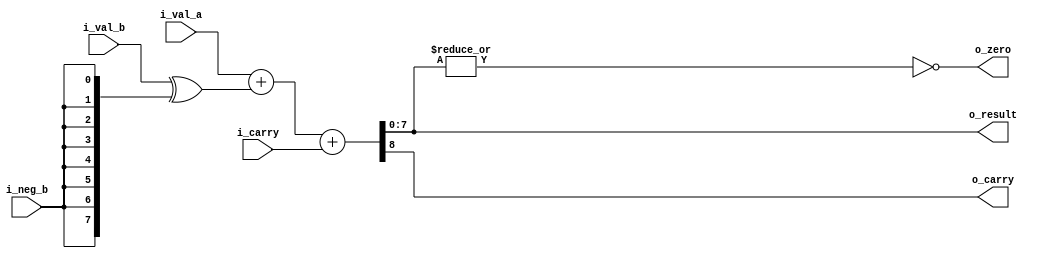
// Arithmetic logic unit for the cpu.
`default_nettype none

module alu(i_val_a,
           i_val_b,
           i_carry,
           i_neg_b,
           o_result,
           o_carry,
           o_zero);
   parameter DATA_WIDTH = 8;   // the width of the data bus

   input  wire [DATA_WIDTH-1:0] i_val_a;  // first operand
   input  wire [DATA_WIDTH-1:0] i_val_b;  // second operand
   input  wire                  i_carry;  // input carry
   input  wire                  i_neg_b;  // to negate second operand
   output wire [DATA_WIDTH-1:0] o_result; // result
   output wire                  o_carry;  // output carry
   output wire                  o_zero;   // output is zero

   // Internal wires
   wire [DATA_WIDTH-1:0]        val_b; // for the negated B
   wire [DATA_WIDTH:0]          sum;   // temporary for the sum

   // Negate B if necessary
   assign val_b = i_val_b ^ {DATA_WIDTH{i_neg_b}};

   // compute the sum
   assign sum = i_val_a + val_b + {{DATA_WIDTH{1'b0}}, i_carry};

   // Compute the output
   assign {o_carry, o_result} = sum;

   // The zero flag
   assign o_zero = ~(|sum[DATA_WIDTH-1:0]);

endmodule